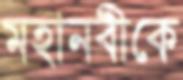
মহানবীকে